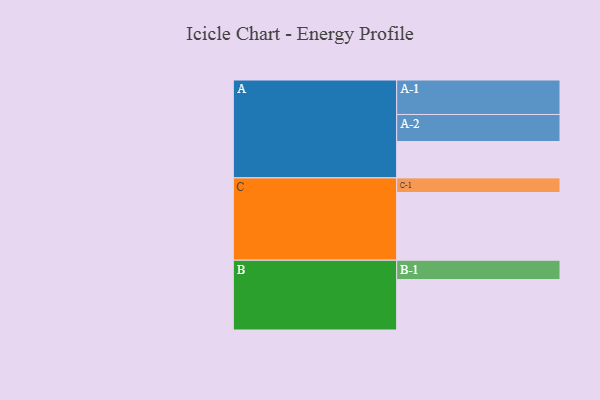
{"axis": {"x": "Segment", "y": "Value"}, "legend": ["", "A", "B", "C"], "data": [{"x": "A", "y": 308, "type": ""}, {"x": "B", "y": 427, "type": ""}, {"x": "C", "y": 573, "type": ""}, {"x": "A-1", "y": 292, "type": "A"}, {"x": "A-2", "y": 229, "type": "A"}, {"x": "B-1", "y": 164, "type": "B"}, {"x": "C-1", "y": 124, "type": "C"}]}